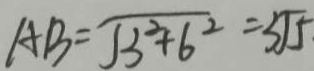
A B = \sqrt { 3 ^ { 2 } + 6 ^ { 2 } } = 3 \sqrt { 5 }